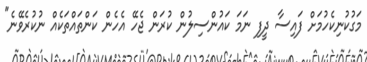
މަގުކުނިކެހުމަށް ފައިސާ ދީފި ނަމަ ކައުންސިލުން ކުރަން ޖެހޭ އެހެން ކަންތައްތަކެއް ނުކުރެވޭނެ"